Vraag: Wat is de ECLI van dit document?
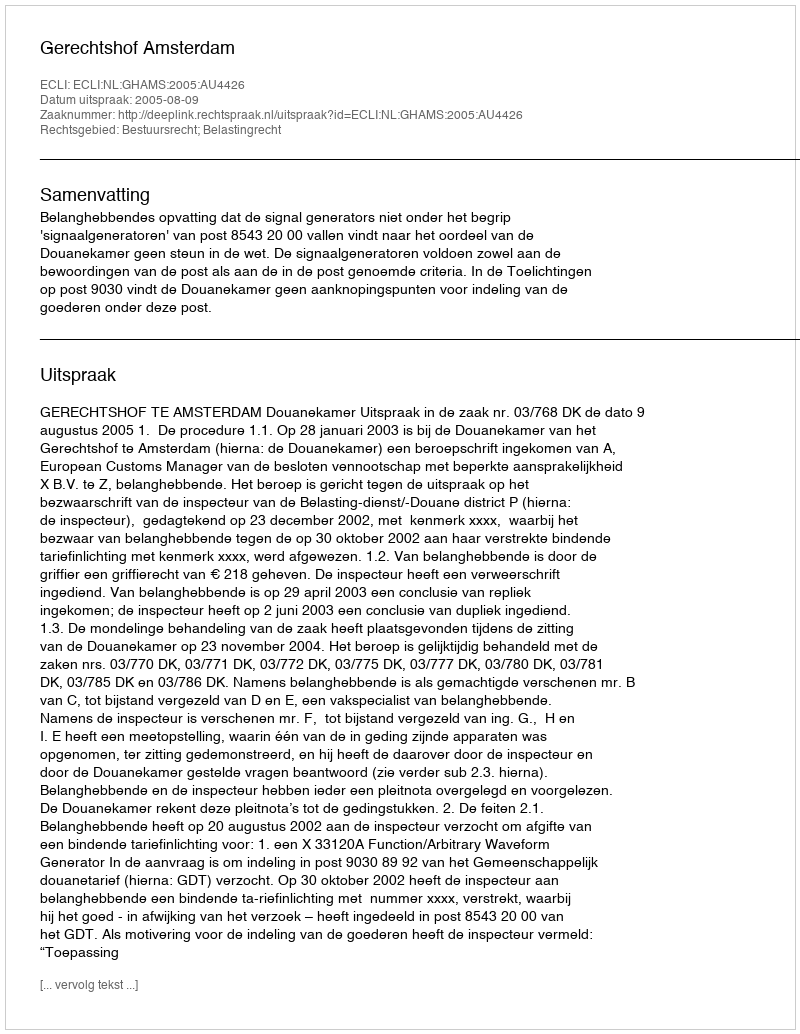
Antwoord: ECLI:NL:GHAMS:2005:AU4426